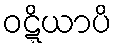
ဝဋ္ဋိယာပိ